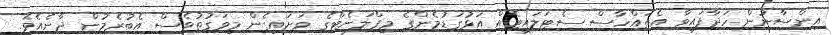
އިންސާނުން ހަދާފައިވާ އެތައްހާސް ސެޓަލައިޓެއް އަޅުގަޑުމެންގެ މިޕްލަނެޓްގެ ވަށައިގެން މިވަގުތުވެސް އެބުރެމުން ދާނެއެވެ.